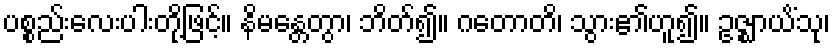
ပစ္စည်းလေးပါးတို့ဖြင့်။ နိမန္တေတွာ၊ ဘိတ်၍။ ဂတောတိ၊ သွား၏ဟူ၍။ ဥဇ္ဈာယိံသု၊